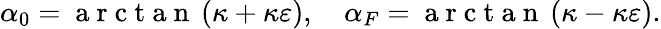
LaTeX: \alpha_{0}=\mathrm{~a~r~c~t~a~n~}\left({\kappa+\kappa\varepsilon}\right),\quad\alpha_{F}=\mathrm{~a~r~c~t~a~n~}\left({\kappa-\kappa\varepsilon}\right).